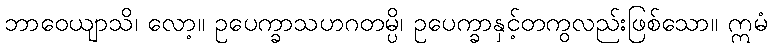
ဘာဝေယျာသိ၊ လော့။ ဥပေက္ခာသဟဂတမ္ပိ၊ ဥပေက္ခာနှင့်တကွလည်းဖြစ်သော။ ဣမံ